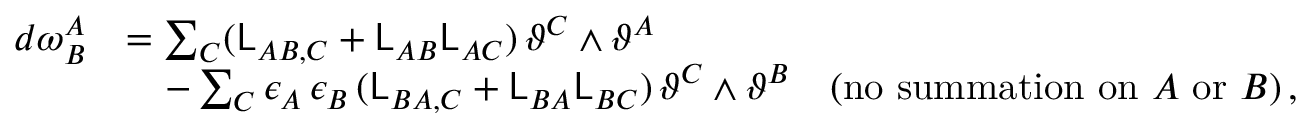
\begin{array} { r l } { d \omega ^ { A } _ { B } } & { = \sum _ { C } ( \mathsf { L } _ { A B , C } + \mathsf { L } _ { A B } \mathsf { L } _ { A C } ) \, \vartheta ^ { C } \wedge \vartheta ^ { A } } \\ & { \quad - \sum _ { C } \epsilon _ { A } \, \epsilon _ { B } \, ( \mathsf { L } _ { B A , C } + \mathsf { L } _ { B A } \mathsf { L } _ { B C } ) \, \vartheta ^ { C } \wedge \vartheta ^ { B } \quad ( \mathrm { n o ~ s u m m a t i o n ~ o n } ~ A ~ \mathrm { o r } ~ B ) \, , } \end{array}